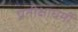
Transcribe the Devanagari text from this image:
प्रतीक्षाधर्मी